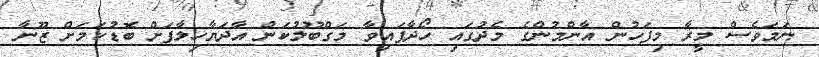
ނަމަވެސް މީރާ މިފަހުން އާންމުންގެ މެދުގައި ހޯދާފައިވާ މަގްބޫލުކަން އާދަޔާހިލާފަށް ބޮޑުކަމަށް ޒޫނާ